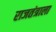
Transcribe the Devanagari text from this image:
राजतंत्राला